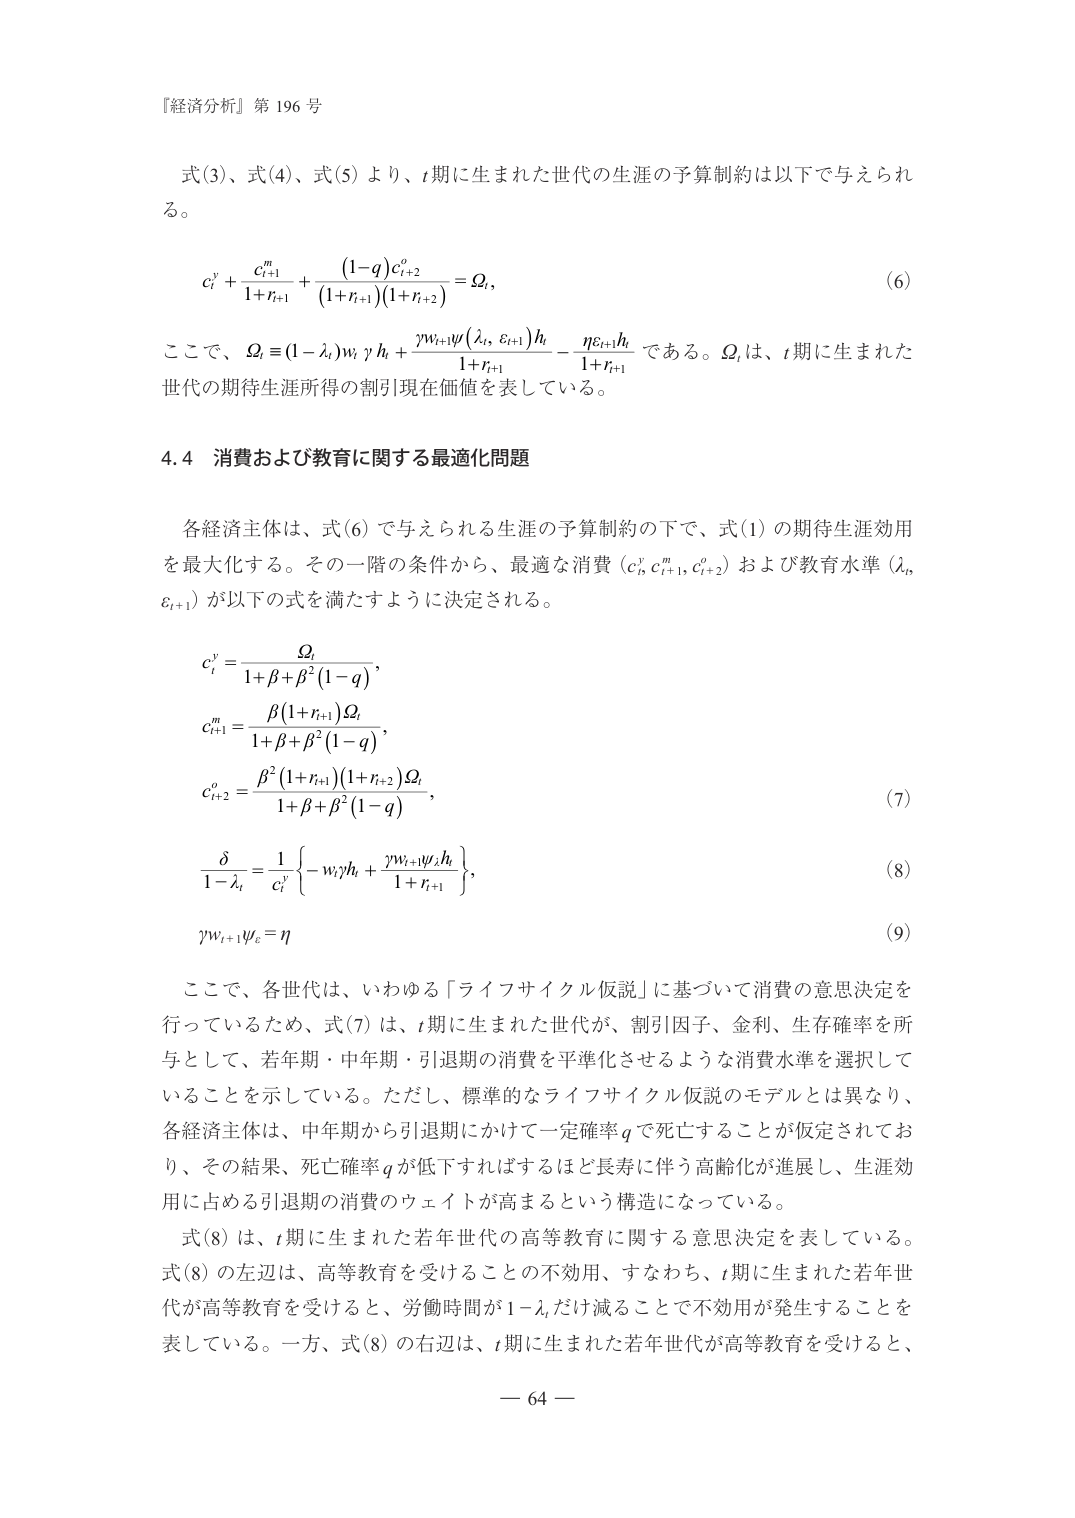
『経済分析』第 196 号

式(3)、式(4)、式(5) より、t期に生まれた世代の生涯の予算制約は以下で与えられる。

c_i^y + c_{i+1}^m / (1+r_{i+1}) + (1-q)c_{i+2}^o / ((1+r_{i+1})(1+r_{i+2})) = Ω_i,  (6)

ここで、Ω_i ≡ (1-λ_i)w_i γ h_i + γw_{i+1}ψ(λ_i, ε_{i+1})h_i / (1+r_{i+1}) - ηε_{i+1}h_i / (1+r_{i+1}) である。Ω_i は、t期に生まれた世代の期待生涯所得の割引現在価値を表している。

4.4 消費および教育に関する最適化問題

各経済主体は、式(6)で与えられる生涯の予算制約の下で、式(1)の期待生涯効用を最大化する。その一階の条件から、最適な消費 (c_i^y, c_{i+1}^m, c_{i+2}^o) および教育水準 (λ_i, ε_{i+1}) が以下の式を満たすように決定される。

c_i^y = Ω_i / (1+β+β^2(1-q)),

c_{i+1}^m = β(1+r_{i+1})Ω_i / (1+β+β^2(1-q)),

c_{i+2}^o = β^2(1+r_{i+1})(1+r_{i+2})Ω_i / (1+β+β^2(1-q)),  (7)

δ / (1-λ_i) = 1 / c_i^y { -w_iγh_i + γw_{i+1}ψ_ε h_i / (1+r_{i+1}) },  (8)

γw_{i+1}ψ_ε = η  (9)

ここで、各世代は、いわゆる「ライフサイクル仮説」に基づいて消費の意思決定を行っているため、式(7)は、t期に生まれた世代が、割引因子、金利、生存確率を所与として、若年期・中年期・引退期の消費を平準化させるような消費水準を選択していることを示している。ただし、標準的なライフサイクル仮説のモデルとは異なり、各経済主体は、中年期から引退期にかけて一定確率 q で死亡することが仮定されており、その結果、死亡確率 q が低下すればするほど長寿に伴う高齢化が進展し、生涯効用に占める引退期の消費のウェイトが高まるという構造になっている。

式(8)は、t期に生まれた若年世代の高等教育に関する意思決定を表している。式(8)の左辺は、高等教育を受けることの不効用、すなわち、t期に生まれた若年世代が高等教育を受けると、労働時間が 1-λ_i だけ減ることで不効用が発生することを表している。一方、式(8)の右辺は、t期に生まれた若年世代が高等教育を受けると、

— 64 —